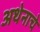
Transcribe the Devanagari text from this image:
अथेनाचे